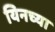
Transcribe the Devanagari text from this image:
यिनच्या